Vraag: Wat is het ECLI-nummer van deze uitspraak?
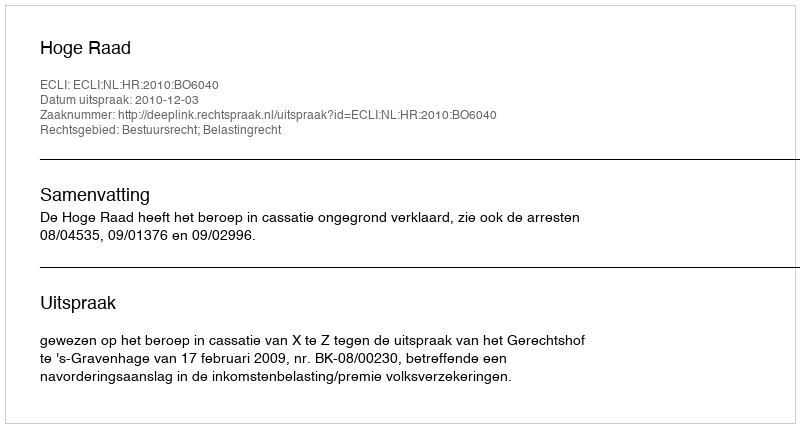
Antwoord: ECLI:NL:HR:2010:BO6040